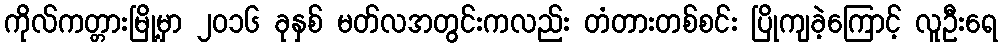
ကိုလ်ကတ္တားမြို့မှာ ၂၀၁၆ ခုနှစ် မတ်လအတွင်းကလည်း တံတားတစ်စင်း ပြိုကျခဲ့ကြောင့် လူဦးရေ